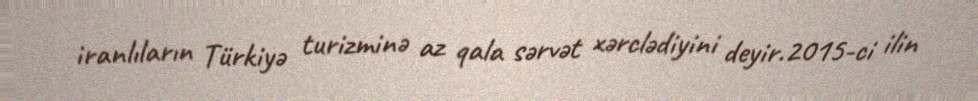
iranlıların Türkiyə turizminə az qala sərvət xərclədiyini deyir.2015-ci ilin